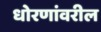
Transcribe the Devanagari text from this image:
धोरणांवरील